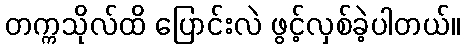
တက္ကသိုလ်ထိ ပြောင်းလဲ ဖွင့်လှစ်ခဲ့ပါတယ်။